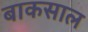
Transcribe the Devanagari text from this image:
बाकसाल